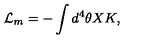
{ \cal L } _ { m } = - \int d ^ { 4 } \theta X K ,